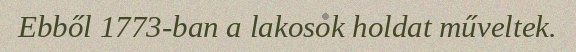
Ebből 1773-ban a lakosok holdat műveltek.